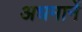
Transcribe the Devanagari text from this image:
अधमानें